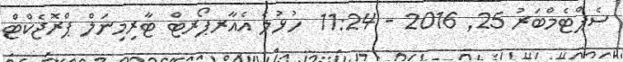
ސެޕްޓެމްބަރު 25